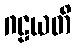
ဂဠယတိ